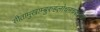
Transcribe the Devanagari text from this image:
सीतामुखाम्बुरुहलोचनचञ्चरीक।